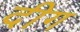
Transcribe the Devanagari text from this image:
दीग